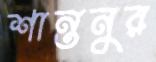
শান্তনুর